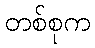
တစ်စုက